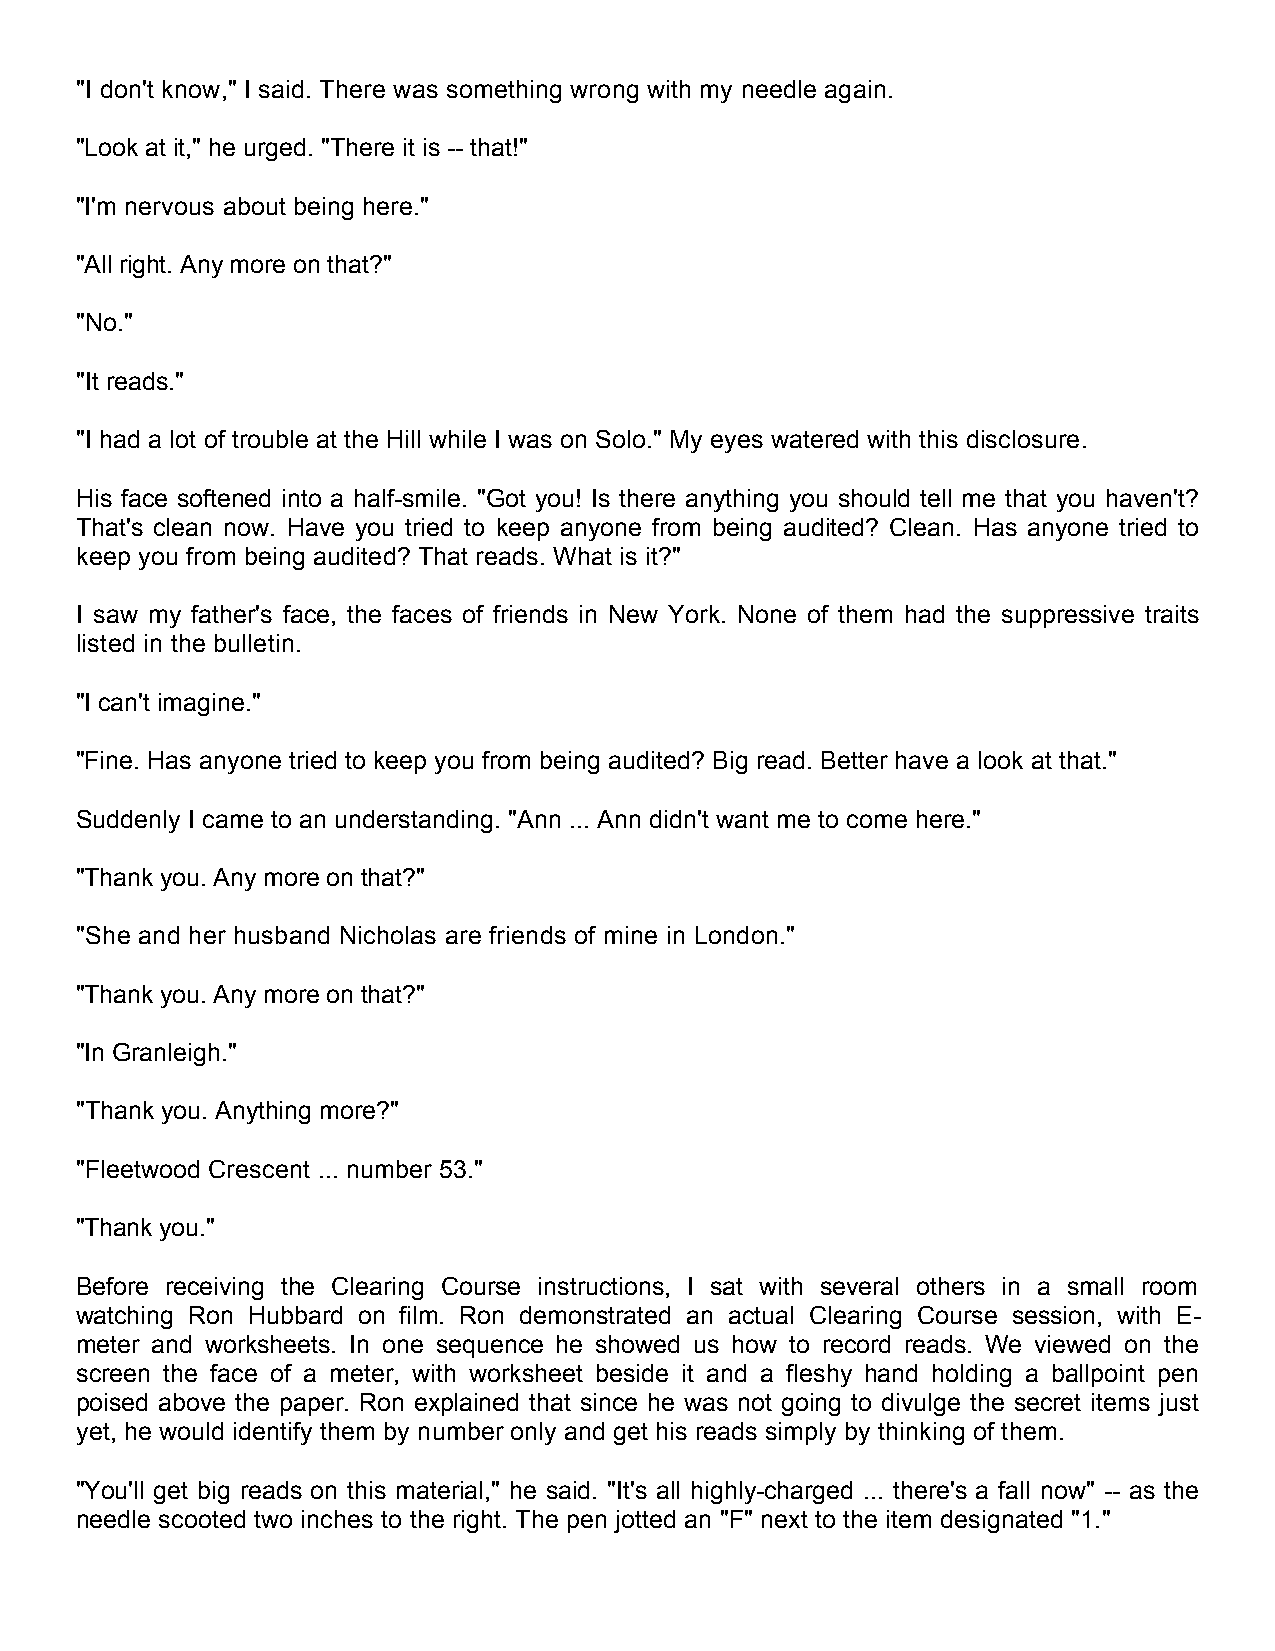
"I don't know," I said. There was something wrong with my needle again.
 "Look at it," he urged. "There it is -- that!"
 "I'm nervous about being here."
 "All right. Any more on that?"
 "No."
 "It reads."
 "I had a lot of trouble at the Hill while I was on Solo." My eyes watered with this disclosure.
 His face softened into a half-smile. "Got you! Is there anything you should tell me that you haven't?
 That's clean now. Have you tried to keep anyone from being audited? Clean. Has anyone tried to
 keep you from being audited? That reads. What is it?"
 I saw my father's face, the faces of friends in New York. None of them had the suppressive traits
 listed in the bulletin.
 "I can't imagine."
 "Fine. Has anyone tried to keep you from being audited? Big read. Better have a look at that."
 Suddenly I came to an understanding. "Ann ... Ann didn't want me to come here."
 "Thank you. Any more on that?"
 "She and her husband Nicholas are friends of mine in London."
 "Thank you. Any more on that?"
 "In Granleigh."
 "Thank you. Anything more?"
 "Fleetwood Crescent ... number 53."
 "Thank you."
 Before receiving the Clearing Course instructions, I sat with several others in a small room
 watching Ron Hubbard on film. Ron demonstrated an actual Clearing Course session, with E-
 meter and worksheets. In one sequence he showed us how to record reads. We viewed on the
 screen the face of a meter, with worksheet beside it and a fleshy hand holding a ballpoint pen
 poised above the paper. Ron explained that since he was not going to divulge the secret items just
 yet, he would identify them by number only and get his reads simply by thinking of them.
 "You'll get big reads on this material," he said. "It's all highly-charged ... there's a fall now" -- as the
 needle scooted two inches to the right. The pen jotted an "F" next to the item designated "1."